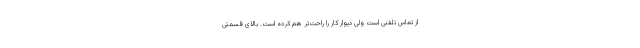
از تماس تلفنی است ولی دیوار کار را راحت‌تر هم کرده است. بالای قسمتی